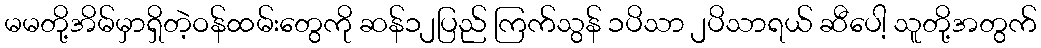
မမတို့အိမ်မှာရှိတဲ့ဝန်ထမ်းတွေကို ဆန်၁၂ပြည် ကြက်သွန် ၁ပိသာ ၂ပိသာရယ် ဆီပေါ့ သူတို့အတွက်